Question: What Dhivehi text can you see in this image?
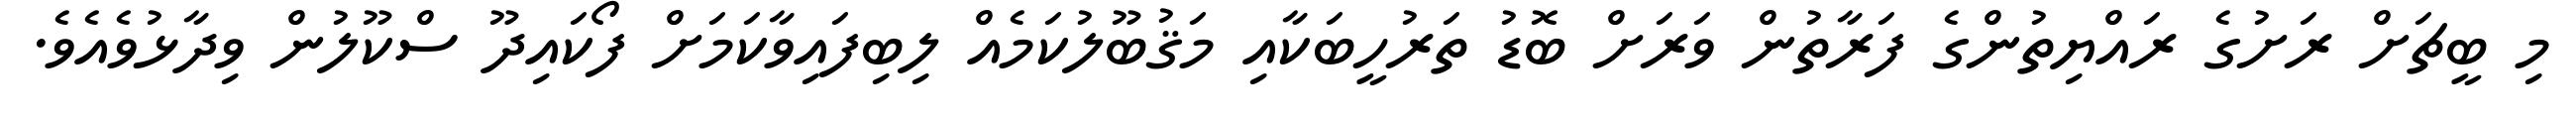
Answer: މި ބީޗަށް ރަށުގެ ރައްޔިތުންގެ ފަރާތުން ވަރަށް ބޮޑު ތަރުހީބަކާއި މަޤުބޫލުކަމެއް ލިބިފައިވާކަމަށް ފޯކައިދޫ ސްކޫލުން ވިދާޅުވެއެވެ.